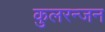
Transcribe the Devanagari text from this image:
कुलरन्जन